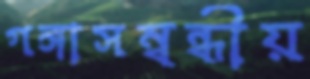
গঙ্গাসম্বন্ধীয়